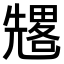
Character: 𠓀